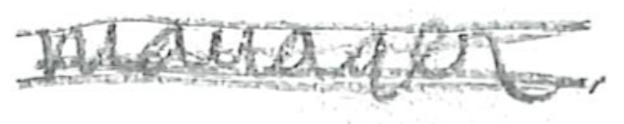
Text: manager.
Cross-out: scratch
Writing tool: pencil